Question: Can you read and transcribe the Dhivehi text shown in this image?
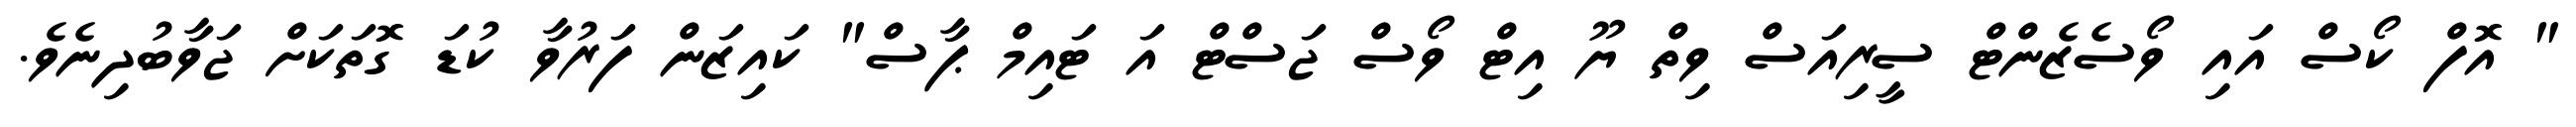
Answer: " އޮފް ކޯސް އައި ވޯސެޒެންޓް ސީރިއަސް ވިތް ޔޫ އިޓް ވޯސް ޖަސްޓް އަ ޓައިމް ޕާސް" ކައިޒަން ފަރުވާ ކުޑަ ގޮތަކަށް ޖަވާބުދިނެވެ.